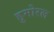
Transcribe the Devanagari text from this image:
हुमोरल